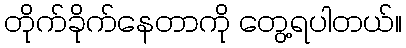
တိုက်ခိုက်နေတာကို တွေ့ရပါတယ်။